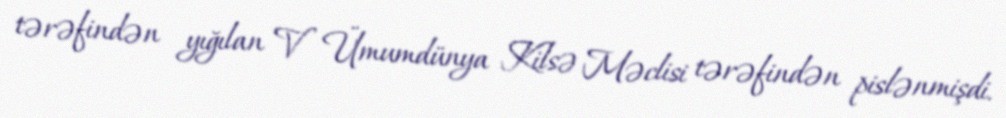
tərəfindən yığılan V Ümumdünya Kilsə Məclisi tərəfindən pislənmişdi.